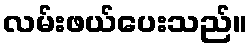
လမ်းဖယ်ပေးသည်။